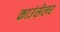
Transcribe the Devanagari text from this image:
काउंसेलर